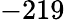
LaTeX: -219